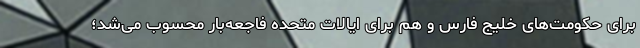
برای حکومت‌های خلیج فارس و هم برای ایالات متحده فاجعه‌بار محسوب می‌شد؛